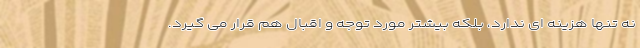
نه تنها هزینه ای ندارد، بلکه بیشتر مورد توجه و اقبال هم قرار می گیرد.